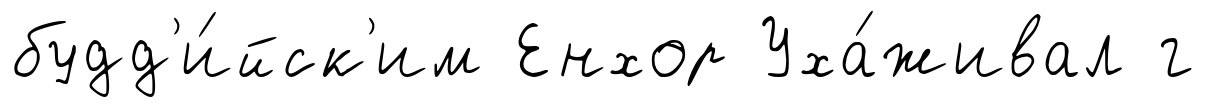
будд'и́йск'им Енхор Уха́живал г